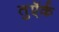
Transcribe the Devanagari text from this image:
तुऍर्क